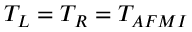
T _ { L } = T _ { R } = T _ { A F M I }